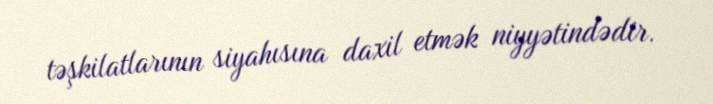
təşkilatlarının siyahısına daxil etmək niyyətindədir.